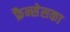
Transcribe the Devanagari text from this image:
फ्रैन्सेसका